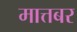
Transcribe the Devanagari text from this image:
मात्तबर